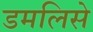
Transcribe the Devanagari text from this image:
डमलिसे